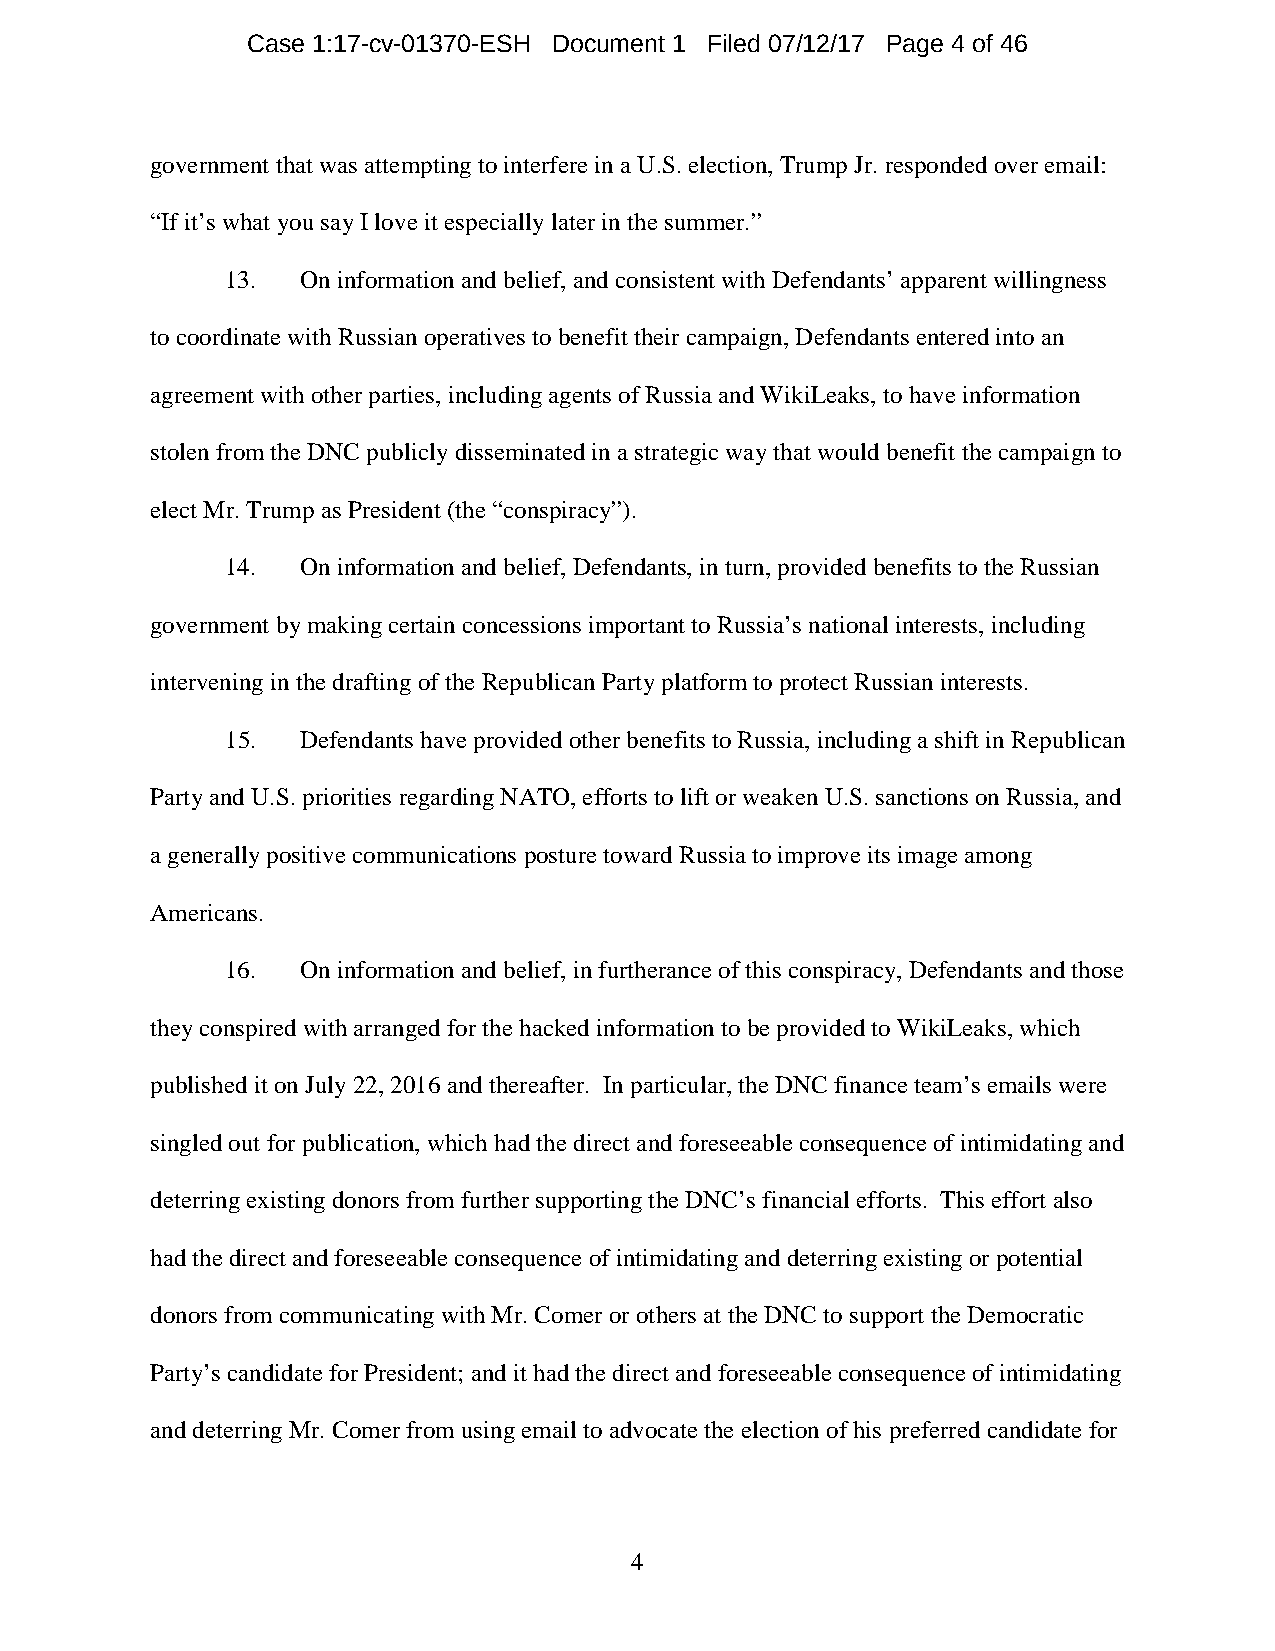
Case 1:17-cv-01370-ESH Document 1 Filed 07/12/17 Page 4 of 46
 government that was attempting to interfere in a U.S. election, Trump Jr. responded over email:
 “If it’s what you say I love it especially later in the summer.”
 13.  On information and belief, and consistent with Defendants’ apparent willingness
 to coordinate with Russian operatives to benefit their campaign, Defendants entered into an
 agreement with other parties, including agents of Russia and WikiLeaks, to have information
 stolen from the DNC publicly disseminated in a strategic way that would benefit the campaign to
 elect Mr. Trump as President (the “conspiracy”).
 14.  On information and belief, Defendants, in turn, provided benefits to the Russian
 government by making certain concessions important to Russia’s national interests, including
 intervening in the drafting of the Republican Party platform to protect Russian interests.
 15.  Defendants have provided other benefits to Russia, including a shift in Republican
 Party and U.S. priorities regarding NATO, efforts to lift or weaken U.S. sanctions on Russia, and
 a generally positive communications posture toward Russia to improve its image among
 Americans.
 16.  On information and belief, in furtherance of this conspiracy, Defendants and those
 they conspired with arranged for the hacked information to be provided to WikiLeaks, which
 published it on July 22, 2016 and thereafter. In particular, the DNC finance team’s emails were
 singled out for publication, which had the direct and foreseeable consequence of intimidating and
 deterring existing donors from further supporting the DNC’s financial efforts. This effort also
 had the direct and foreseeable consequence of intimidating and deterring existing or potential
 donors from communicating with Mr. Comer or others at the DNC to support the Democratic
 Party’s candidate for President; and it had the direct and foreseeable consequence of intimidating
 and deterring Mr. Comer from using email to advocate the election of his preferred candidate for
 4